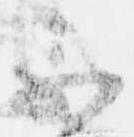
不